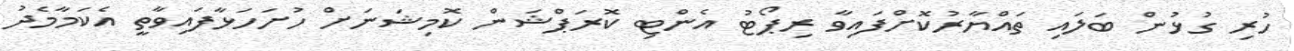
ހުރި ގުޅުން ބަލައި ތައްޔާރުކޮށްފައިވާ ރިޕޯޓު އެންޓި ކޮރަޕްޝަން ކޮމިޝަނަށް ހުށަހަޅާފައިވާތީ އެކަމާމެދު